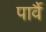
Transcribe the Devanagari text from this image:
पार्वै